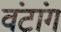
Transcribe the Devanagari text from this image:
वंटांग